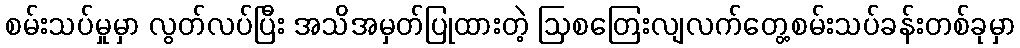
စမ်းသပ်မှုမှာ လွတ်လပ်ပြီး အသိအမှတ်ပြုထားတဲ့ ဩစတြေးလျလက်တွေ့စမ်းသပ်ခန်းတစ်ခုမှာ